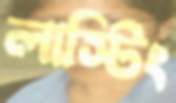
লাস্টিং